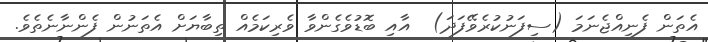
އެތަން ފެނިއްޖެނަމަ (ސިފަނުކުރެވޭފަދަ)  އާއި ބޮޑުވެގެންވާ ވެރިކަމެއް ތިބާޔަށް އެތަނުން ފެންނާނެތެވެ.